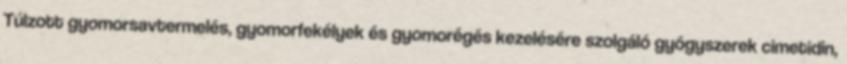
Túlzott gyomorsavtermelés, gyomorfekélyek és gyomorégés kezelésére szolgáló gyógyszerek cimetidin,